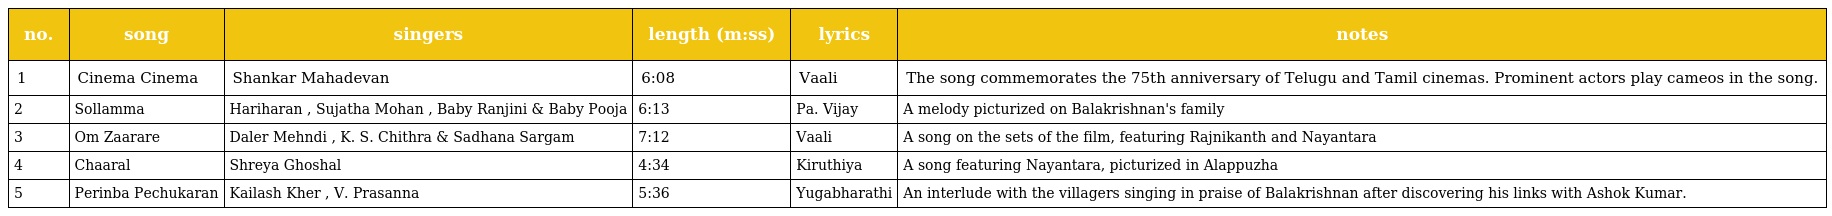
| no. | song | singers | length (m:ss) | lyrics | notes |
 | --- | --- | --- | --- | --- | --- |
 | 1 | Cinema Cinema | Shankar Mahadevan | 6:08 | Vaali | The song commemorates the 75th anniversary of Telugu and Tamil cinemas. Prominent actors play cameos in the song. |
 | 2 | Sollamma | Hariharan , Sujatha Mohan , Baby Ranjini & Baby Pooja | 6:13 | Pa. Vijay | A melody picturized on Balakrishnan's family |
 | 3 | Om Zaarare | Daler Mehndi , K. S. Chithra & Sadhana Sargam | 7:12 | Vaali | A song on the sets of the film, featuring Rajnikanth and Nayantara |
 | 4 | Chaaral | Shreya Ghoshal | 4:34 | Kiruthiya | A song featuring Nayantara, picturized in Alappuzha |
 | 5 | Perinba Pechukaran | Kailash Kher , V. Prasanna | 5:36 | Yugabharathi | An interlude with the villagers singing in praise of Balakrishnan after discovering his links with Ashok Kumar. |